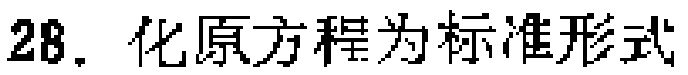
28. 化原方程为标准形式